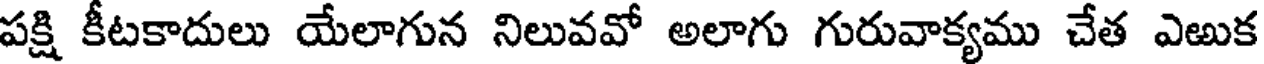
పక్షి కీటకాదులు యేలాగున నిలువవో అలాగు గురువాక్యము చేత ఎఱుక